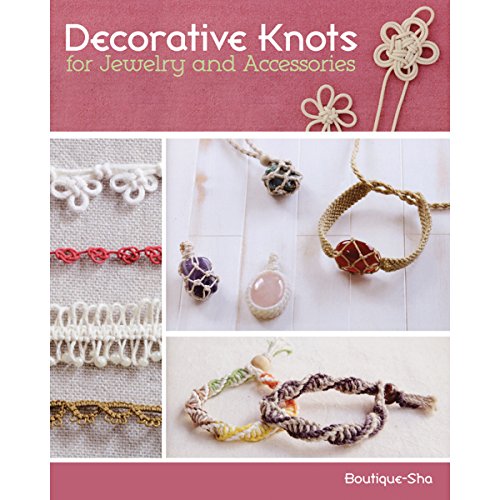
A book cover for Decorative Knots for Jewelry and Accessories; Boutique-Sha; Crafts, Hobbies & Home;